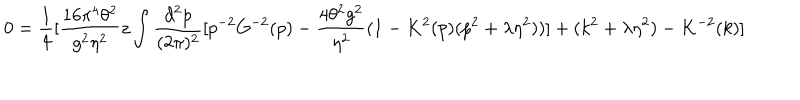
0 = \frac { 1 } { 4 } [ \frac { 1 6 \pi ^ { 4 } \theta ^ { 2 } } { g ^ { 2 } \eta ^ { 2 } } z \int \frac { d ^ { 2 } p } { ( 2 \pi ) ^ { 2 } } [ p ^ { - 2 } G ^ { - 2 } ( p ) - \frac { 4 \theta ^ { 2 } g ^ { 2 } } { \eta ^ { 2 } } ( 1 - K ^ { 2 } ( p ) ( p ^ { 2 } + \lambda \eta ^ { 2 } ) ) ] + ( k ^ { 2 } + \lambda \eta ^ { 2 } ) - K ^ { - 2 } ( k ) ]